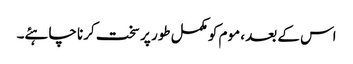
اس کے بعد ، موم کو مکمل طور پر سخت کرنا چاہئے۔